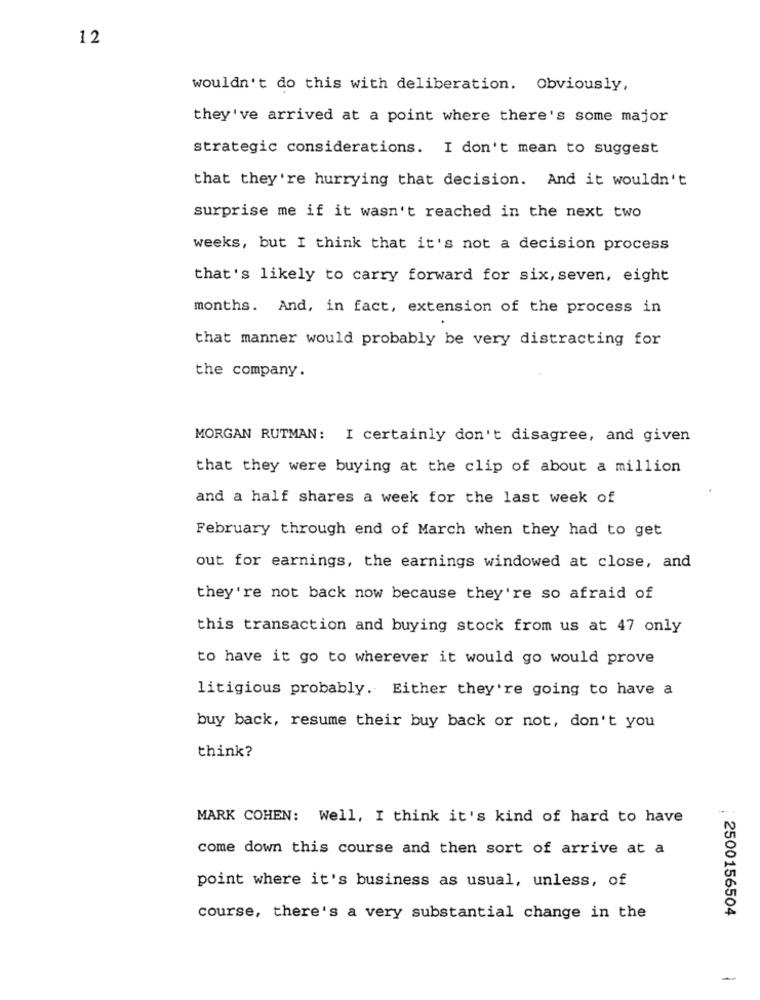
12
wouldn't do this with deliberation. Obviously,
they've arrived at a point where there's some major
strategic considerations. I don't mean to suggest
that they're hurrying that decision. And it wouldn't
surprise me if it wasn't reached in the next two
weeks, but I think that it's not a decision process
that's likely to carry forward for six, seven, eight
months. And, in fact, extension of the process in
that manner would probably be very distracting for
the company.
MORGAN RUTMAN: I certainly don't disagree, and given
that they were buying at the clip of about a million
and a half shares a week for the last week of
February through end of March when they had to get
out for earnings, the earnings windowed at close, and
they're not back now because they're so afraid of
this transaction and buying stock from us at 47 only
to have it go to wherever it would go would prove
litigious probably. Either they're going to have a
buy back, resume their buy back or not, don't you
think?
MARK COHEN: Well, I think it's kind of hard to have
come down this course and then sort of arrive at a
point where it's business as usual, unless, of
2500156504
course, there's a very substantial change in the